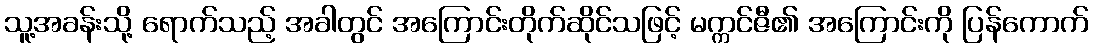
သူ့အခန်းသို့ ရောက်သည့် အခါတွင် အကြောင်းတိုက်ဆိုင်သဖြင့် မက္ကင်ဇီ၏ အကြောင်းကို ပြန်ကောက်